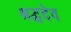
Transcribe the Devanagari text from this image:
श्रद्धदेव